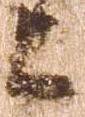
上